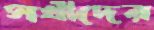
সখীদের